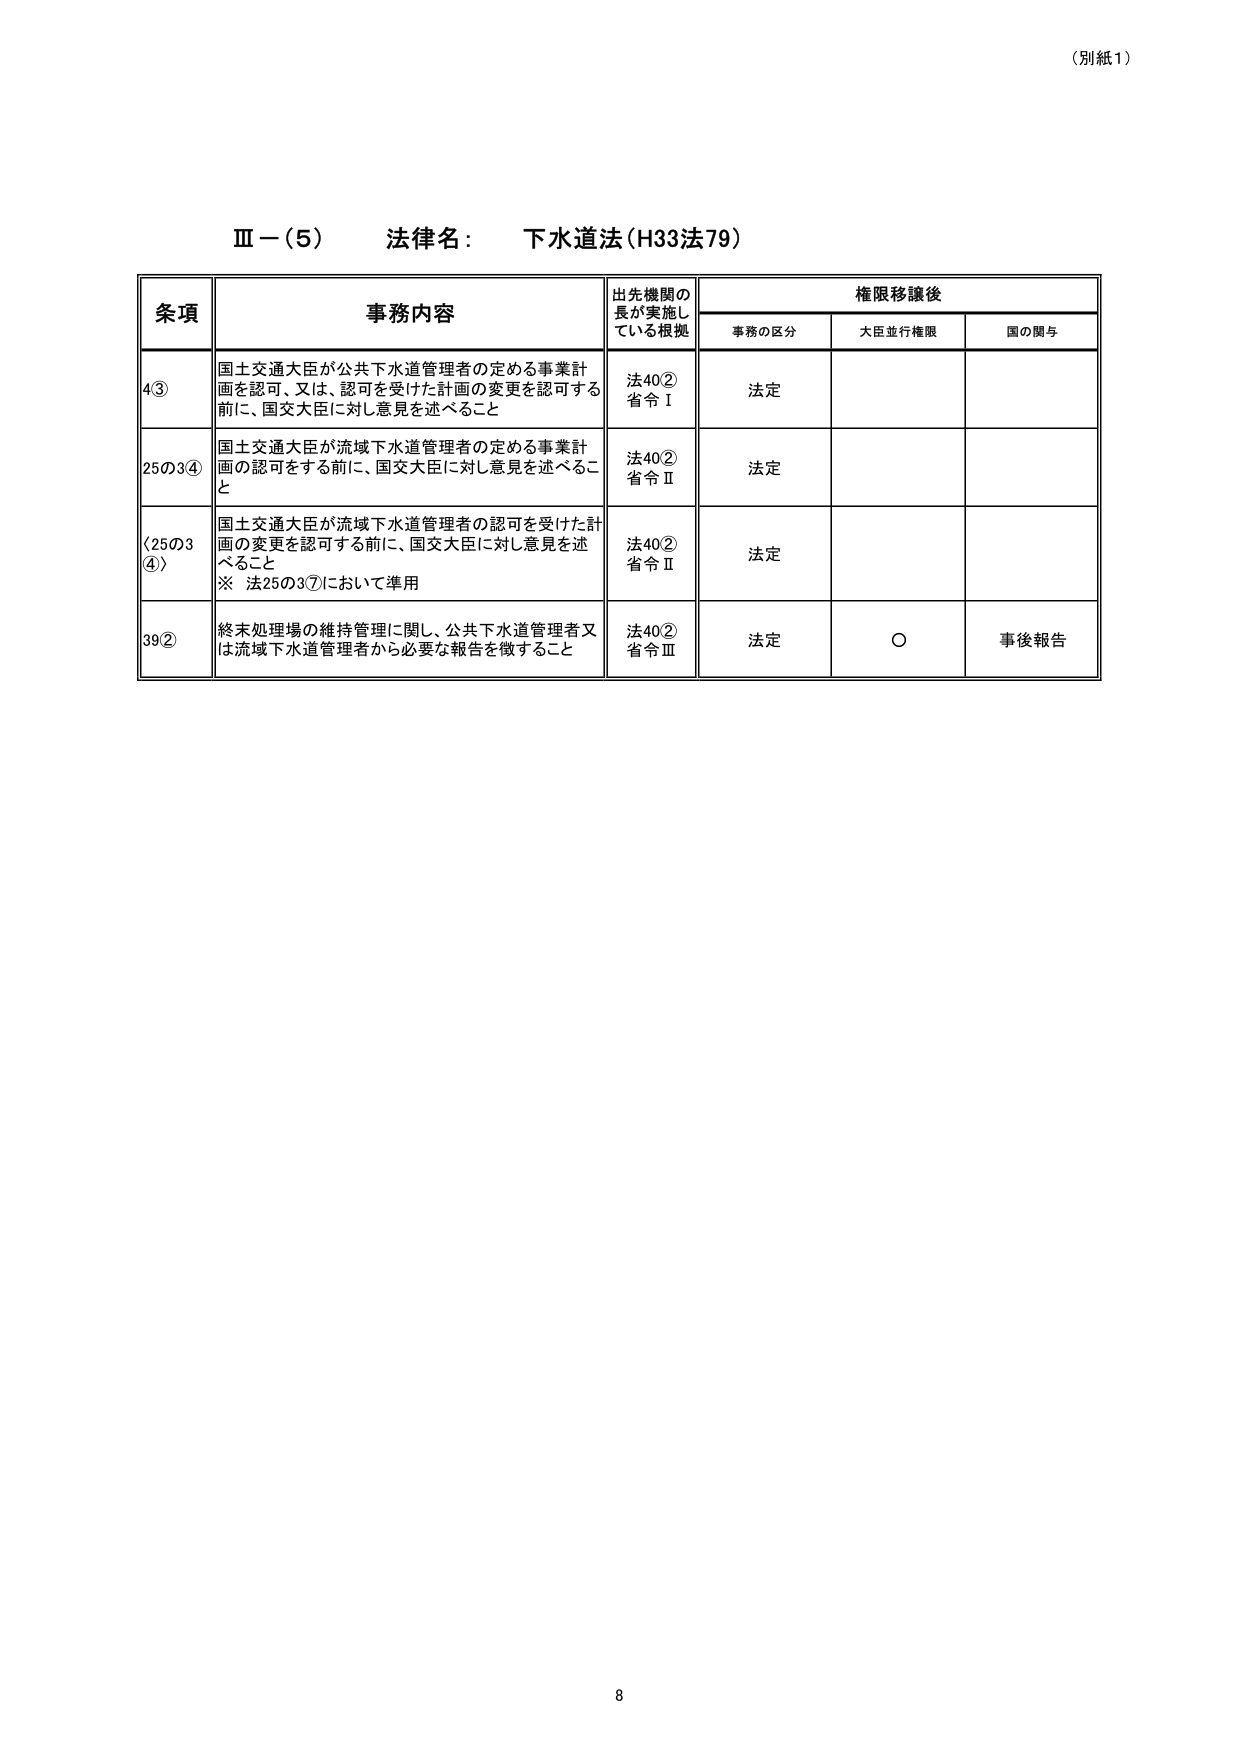
（別紙1）

Ⅲ－（5） 法律名： 下水道法（H33法79）

条項 事務内容 出先機関の長が実施している根拠 権限移譲後